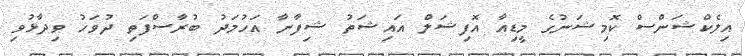
އިލެކްޝަންސް ކޮމިޝަނުގެ މީޑިއާ އޮފިޝަލް އައިޝަތު ޝިފާނާ އަހުމަދު ބުރާސްފަތި ދުވަހު ވިދާޅުވި